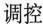
调控